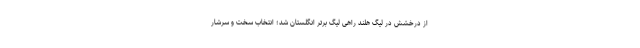
از درخشش در لیگ هلند راهی لیگ برتر انگلستان شد؛ انتخاب سخت و سرشار